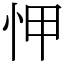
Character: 𢘉